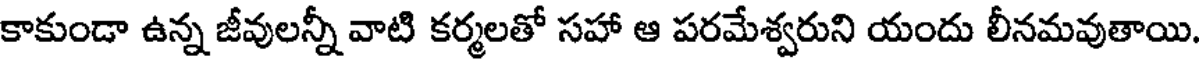
కాకుండా ఉన్న జీవులన్నీ వాటి కర్మలతో సహా ఆ పరమేశ్వరుని యందు లీనమవుతాయి